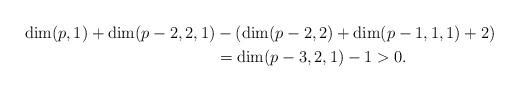
LaTeX: \begin{align*} \dim(p,1)+\dim(p-2,2,1)&-(\dim(p-2,2)+\dim(p-1,1,1)+2)\cr &=\dim(p-3,2,1)-1>0.\end{align*}